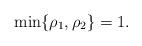
LaTeX: \begin{align*}\min\{\rho_1,\rho_2\}=1.\end{align*}